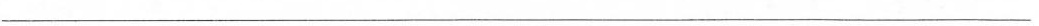
______________________________